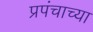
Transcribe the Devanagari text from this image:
प्रपंचाच्या